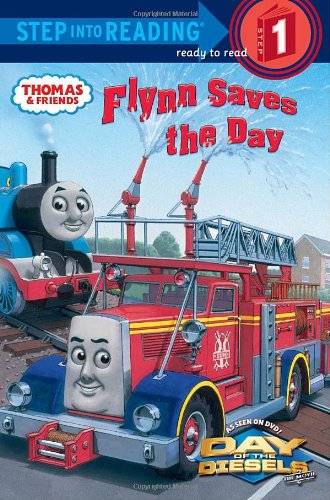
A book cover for Flynn Saves the Day (Thomas & Friends) (Step into Reading); Rev. W. Awdry; Children's Books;